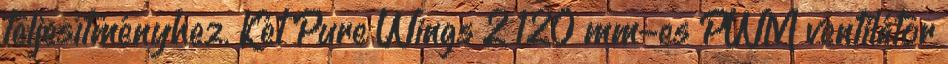
teljesítményhez. Két Pure Wings 2 120 mm-es PWM ventilátor